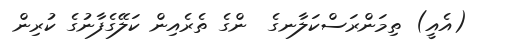
(އެއީ) ތިމަންރަސްކަލާނގެ  ންގެ ތެރެއިން ކަލޭގެފާނުގެ ކުރިން